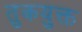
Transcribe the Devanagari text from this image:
तुकयुक्त